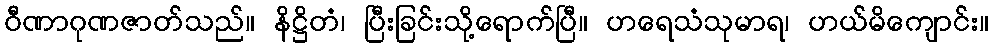
ဝီဏာဂုဏဇာတ်သည်။ နိဋ္ဌိတံ၊ ပြီးခြင်းသို့ရောက်ပြီ။ ဟရေသံသုမာရ၊ ဟယ်မိကျောင်း။